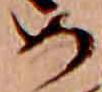
め